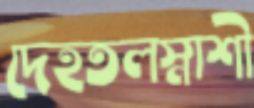
দেহতলস্নাশী